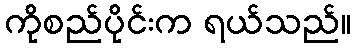
ကိုစည်ပိုင်းက ရယ်သည်။